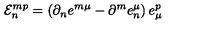
{ \cal E } _ { n } ^ { m p } = \left( \partial _ { n } e ^ { m \mu } - \partial ^ { m } e _ { n } ^ { \mu } \right) e _ { \mu } ^ { p }